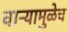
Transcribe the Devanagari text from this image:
वाऱ्यामुळेच